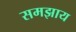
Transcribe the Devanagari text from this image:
समझाय